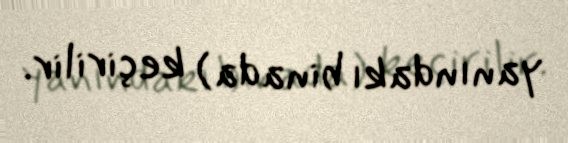
yanındakı binada) keçirilir.